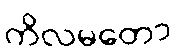
ကိလမတော